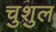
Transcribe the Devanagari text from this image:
चुशुल